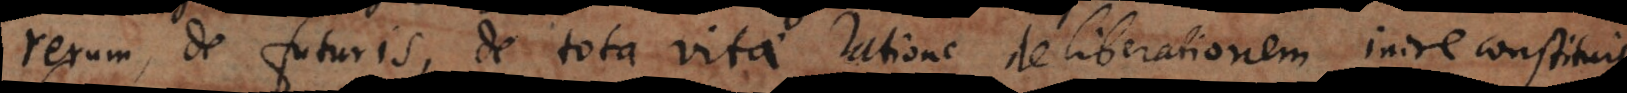
rerum, de futuris, de tota vitae ratione deliberationem inire constituit,